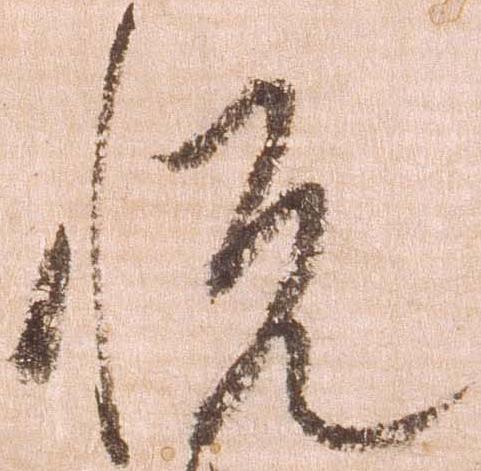
悦